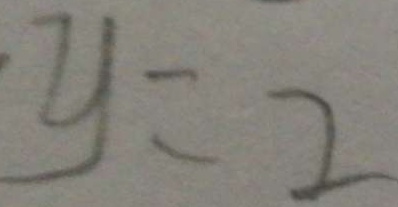
y = 2